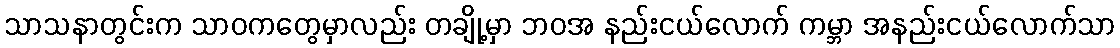
သာသနာတွင်းက သာဝကတွေမှာလည်း တချို့မှာ ဘဝအ နည်းငယ်လောက် ကမ္ဘာ အနည်းငယ်လောက်သာ